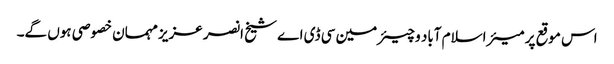
اس موقع پر میئر اسلام آباد و چیئرمین سی ڈی اے شیخ انصر عزیز مہمان خصوصی ہوں گے۔